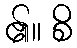
၏။ စိ